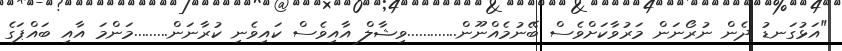
"އަޅުގަނޑު ދެން ނުރޯނަން މަރުވާކަށްވެސް ބޭނުމެއްނޫން.............ވިޝާލް އާއިވެސް ކައިވެނި ކުރާނަން.........މަންމަ އާއި ބައްޕަގެ